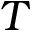
T